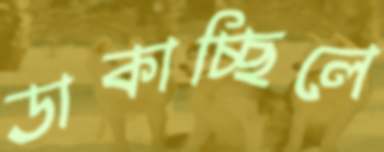
ডাকাচ্ছিলে